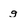
Character: g